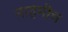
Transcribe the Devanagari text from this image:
नाहमीच